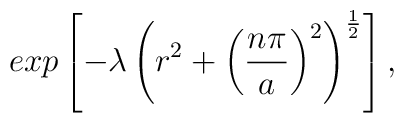
exp\left[-\lambda\left(r^{2}+ \left(\frac{n\pi}{a}\right)^{2}\right)^{\frac{1}{2}}\right],